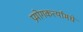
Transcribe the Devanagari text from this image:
प्रयोगकर्त्यांमधे